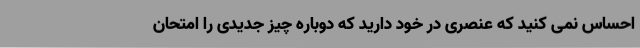
احساس نمی کنید که عنصری در خود دارید که دوباره چیز جدیدی را امتحان